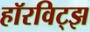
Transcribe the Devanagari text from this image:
हॉरविट्झ